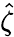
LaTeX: \hat{\zeta}